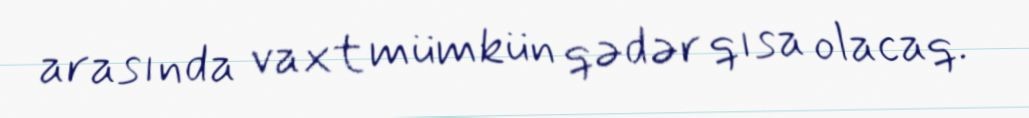
arasında vaxt mümkün qədər qısa olacaq.